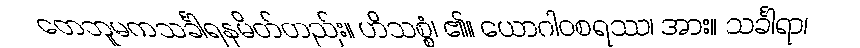
တေဘူမကသင်္ခါရနမိတ်တည်း။ ဟိသစ္စံ၊ ၏။ ယောဂါဝစရဿ၊ အား။ သင်္ခါရာ၊